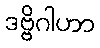
ဒဗ္ဗိဂါဟာ